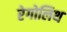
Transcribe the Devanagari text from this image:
रेगोलिथ